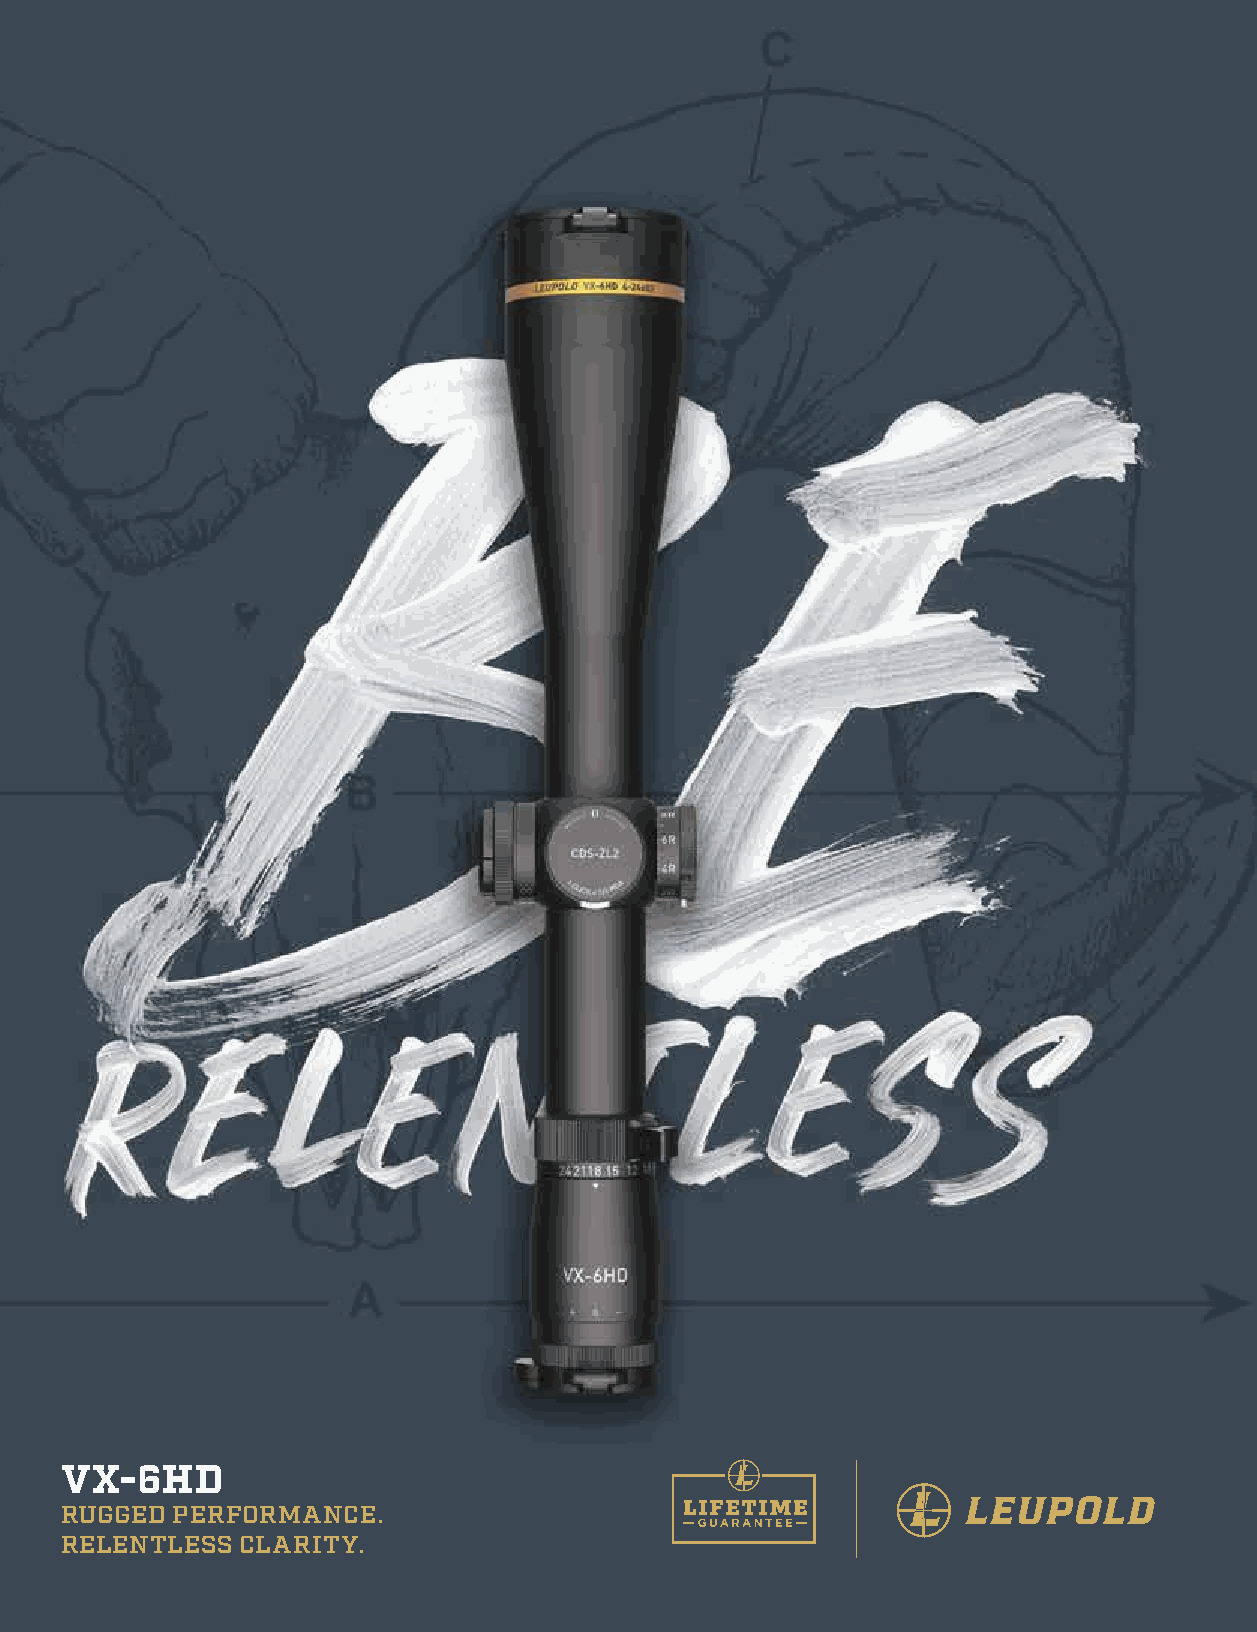
FRIDAY
 LEGACY NIGHT
 VX-6HD
 RUGGED PERFORMANCE.
 RELENTLESS  CLARITY.
 100.               6:30 pm - 10:00 pm - Friday, January 14, 2022 • Tuscany Ballroom • Reno, Nevada
 •
 TEUQNAB
 YADIRF
 •